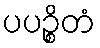
ပပဉ္စိတံ